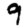
Digit: 9